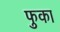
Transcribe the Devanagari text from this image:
फुका